Calcutta medical institutions reports 1871-78
Year: 1871
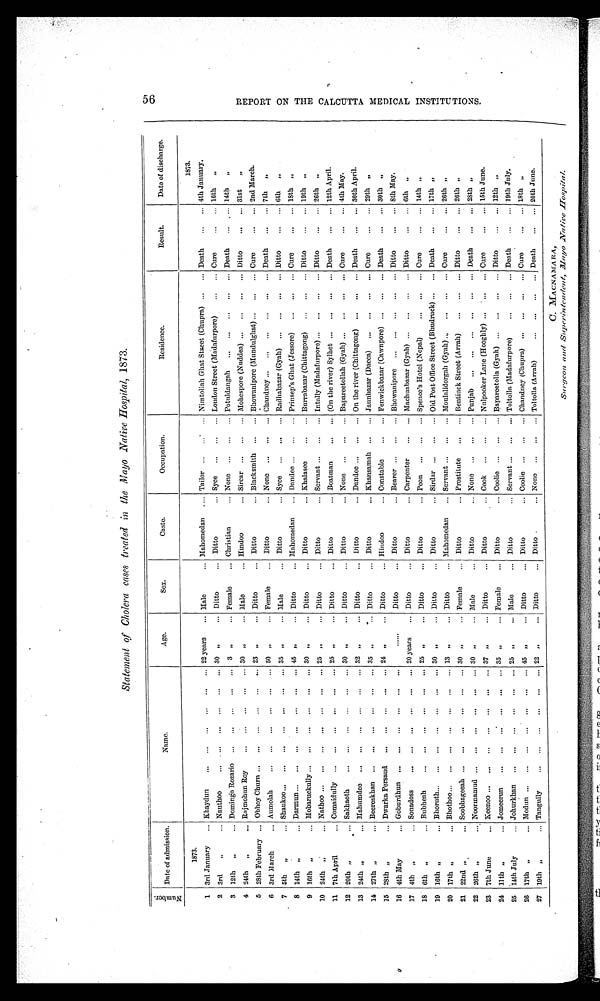
Statement of Cholera cases treated in the Mayo Native Hospital, 1873.
Number. Date of admission.
Name.
Age.
Sex.
Caste.
Occupation.
Residence.
Result.
Date of discharge.
1873.
1873.
1
3rd January
Khaydun
22 years
Male
Mahomedan
Tailor
Nimtollah Ghat Street (Chupra)
Death
4th January.
2
3rd ,,
Nauthoo
30 ,,
Ditto
Ditto
Syce
Loudon Street (Madafurpore)
Cure
10th ,,
3
12th „
Domingo Rozario
3,,
Female
Christian
None
Potuldangah
Death
14th „
4
24th ,,
Rajmohun Roy
30 „
Male
Hindoo
Sircar
Mohespore (Nuddea)
Ditto
31st „
5
28th February
Obhoy Churn
23 „
Ditto
Ditto
Blacksmith
Bhowanipore (Mundulghat)
Cure
2nd March.
6 3rd March
Aumolah
50 ,,
Female
Ditto
None
Chandney
Death
7th „
7
5th „
Shaukoo
35 „
Male
Ditto
Syce
Radhabazar (Gyah)
Ditto
6th ,,
8
14th ,,
Darmun
45 ,, Ditto
Mahomedan
Dandee
Prinsep's Ghat (Jessore)
Cure
18th „
9 16th „
Mobaruckully
30 ,,
Ditto
Ditto
Khalasee
Burrabazar (Chittagong)
Ditto
19th „
10 24th „
Nathoo
25 „
Ditto
Ditto
Servant
Intally (Madafurpore)
Ditto
26th „
11 7th April
Comaidully
25,,
Ditto
Ditto
Boatman
(On the river) Sylhet
Death
12th April.
12 20th „
Sakhaoth
30 „
Ditto
Ditto
None
Bapareetollah (Gyah)
Cure
4th May.
13
24th „
Mahumdee
32 ,,
Ditto
Ditto
Dandee
On the river (Chittagong)
Death
30th April.
14 27th „
Beereskhan
35 ,,
Ditto
Ditto
Khansamah
Jaunbazar (Dacca)
Cure
29th „
15
28th „
Dwarka Persaud
24 ,,
Ditto
Hindoo
Constable
Fenwickbazar (Cawnpore)
Death
30th „
16
4th 'May
Goburdhun
......
Ditto
Ditto
Bearer
Bhowanipore
Ditto
8th May.
17 4th „
Sonadoss
20 years
Ditto
Ditto
Carpenter
Machuabazar (Gyah)
Ditto
6th „
18
6th „
Bubheah
25 ,,
Ditto
Ditto
Peon
Spence's Hotel (Nepal)
Cure
14th „
19
16th „
Bhoruth
30 ,,
Ditto
Ditto
Sirdar
Old Post Office Street (Bhudruck)
Death
17th „
20
17th „
Bhothoo
13 ,,
Ditto
Mahomedan
Servant
Moulalidorgah (Gyah)
Cure
26th „
21
22nd „
Soobhageeah
30 ,,
Female
Ditto
Prostitute
Bentinck Street (Arrah)
Ditto
26th „
22
26th „
Noormamud
30 „
Male
Ditto
None
Punjab
Death
28th „
23
7th June
Keenoo
37 ,,
Ditto
Ditto
Cook
Nulpooker Lane (Hooghly)
Cure
15th June.
24
11th „
Jomeerun
35 ,,
Female
Ditto
Coolie
Bapareetolla (Gyah)
Ditto
12th „
25
14th July
Johurkhan
25 ,,
Male
Ditto
Servant
Toltolla (Madafurpore)
Death
19th July.
26
17th „
Modun
45 ,,
Ditto
Ditto
Coolie
Chandney (Chupra)
Cure
18th „
27
19th „
Tangully
22 „
Ditto
Ditto
None
Toltolla (Arrah)
Death
20th June.
C. MACNAMARA,
5 6 R E P O R T O N T H E C U L C U T T A M E D I C A L I N S T I T U T I O N S .